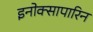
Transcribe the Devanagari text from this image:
इनोक्सापारिन